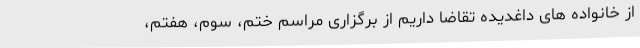
از خانواده های داغدیده تقاضا داریم از برگزاری مراسم ختم، سوم، هفتم،